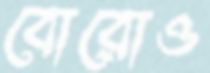
বোরোও